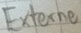
Text: Externe